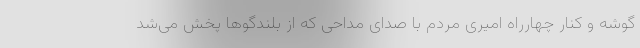
گوشه و کنار چهارراه امیری مردم با صدای مداحی که از بلندگوها پخش می‌شد